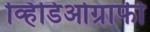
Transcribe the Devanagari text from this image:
व्हिडिओग्राफी